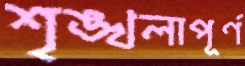
শৃঙ্খলাপূর্ণ